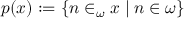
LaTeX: p ( x ) : = \{ n \in _ { \omega } x \mid n \in \omega \}